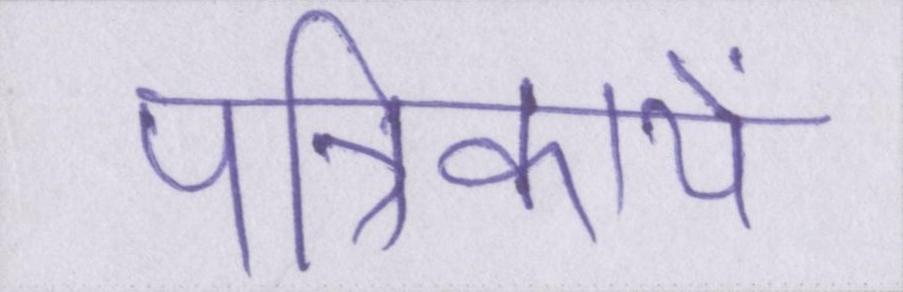
पत्रिकायें